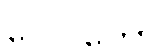
ဂေါပကော